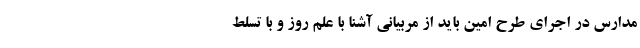
مدارس در اجرای طرح امین باید از مربیانی آشنا با علم روز و با تسلط